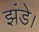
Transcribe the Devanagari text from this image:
झंडे।